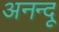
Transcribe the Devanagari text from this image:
अनन्‍दू